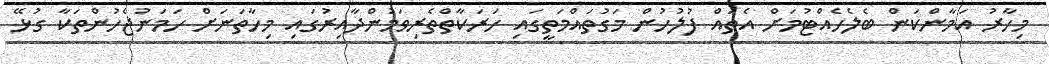
މިހާރު އަމާންކަން ބެލެހެއްޓުމަށް އެތައް ފުލުހުން މަގުތައްމަތީގައި ހަރަކާތްތެރިވަމުންދާއިރުގައި މިހާތަނަށް ހަމަނުޖެހުންތަކާ ގުޅޭ